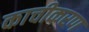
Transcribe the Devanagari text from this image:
काचीकरण